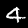
Label: 4